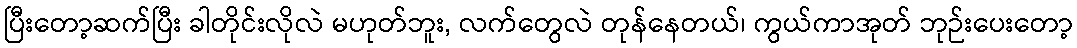
ပြီးတော့ဆက်ပြီး ခါတိုင်းလိုလဲ မဟုတ်ဘူး, လက်တွေလဲ တုန်နေတယ်၊ ကွယ်ကာအုတ် ဘုဉ်းပေးတော့